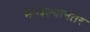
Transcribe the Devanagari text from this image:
माजल्यानंतर